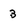
Character: 3